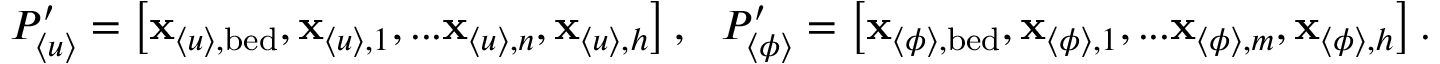
\begin{array} { r } { P _ { \langle u \rangle } ^ { \prime } = \left[ \mathbf { x } _ { \langle u \rangle , \mathrm { b e d } } , \mathbf { x } _ { \langle u \rangle , 1 } , . . . \mathbf { x } _ { \langle u \rangle , n } , \mathbf { x } _ { \langle u \rangle , h } \right] , \ \ P _ { \langle \phi \rangle } ^ { \prime } = \left[ \mathbf { x } _ { \langle \phi \rangle , \mathrm { b e d } } , \mathbf { x } _ { \langle \phi \rangle , 1 } , . . . \mathbf { x } _ { \langle \phi \rangle , m } , \mathbf { x } _ { \langle \phi \rangle , h } \right] . } \end{array}